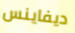
ديفاينس